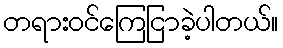
တရားဝင်ကြေငြာခဲ့ပါတယ်။